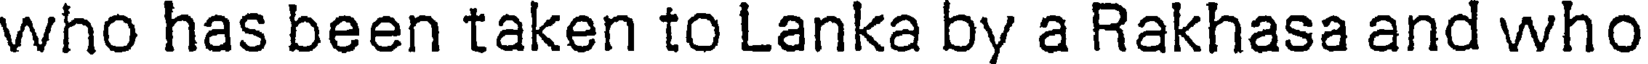
who has been taken to Lanka by a Rakhasa and who